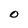
Character: O